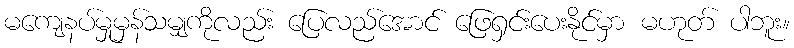
မကျေနပ်မှုမှန်သမျှကိုလည်း ပြေလည်အောင် ဖြေရှင်းပေးနိုင်မှာ မဟုတ် ပါဘူး။